Report on the bubonic plague in Bombay, 1896-1897
Year: 1896
Disease focus: Plague
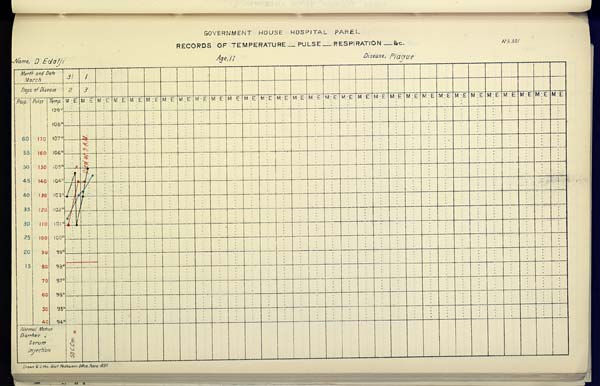
GOVERNMENT HOUSE HOSPITAL PAREL
RECORDS OF TEMPERATURE __ PULSE __ RESPIRATION __ &c. No. 301
Name,
D.
Edalji
Age,
11
Disease,
Plague
Drawn & Litho Govt. Photozinco, Office, Poona 1897.